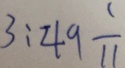
3 : 4 9 \frac { 1 } { 1 1 }